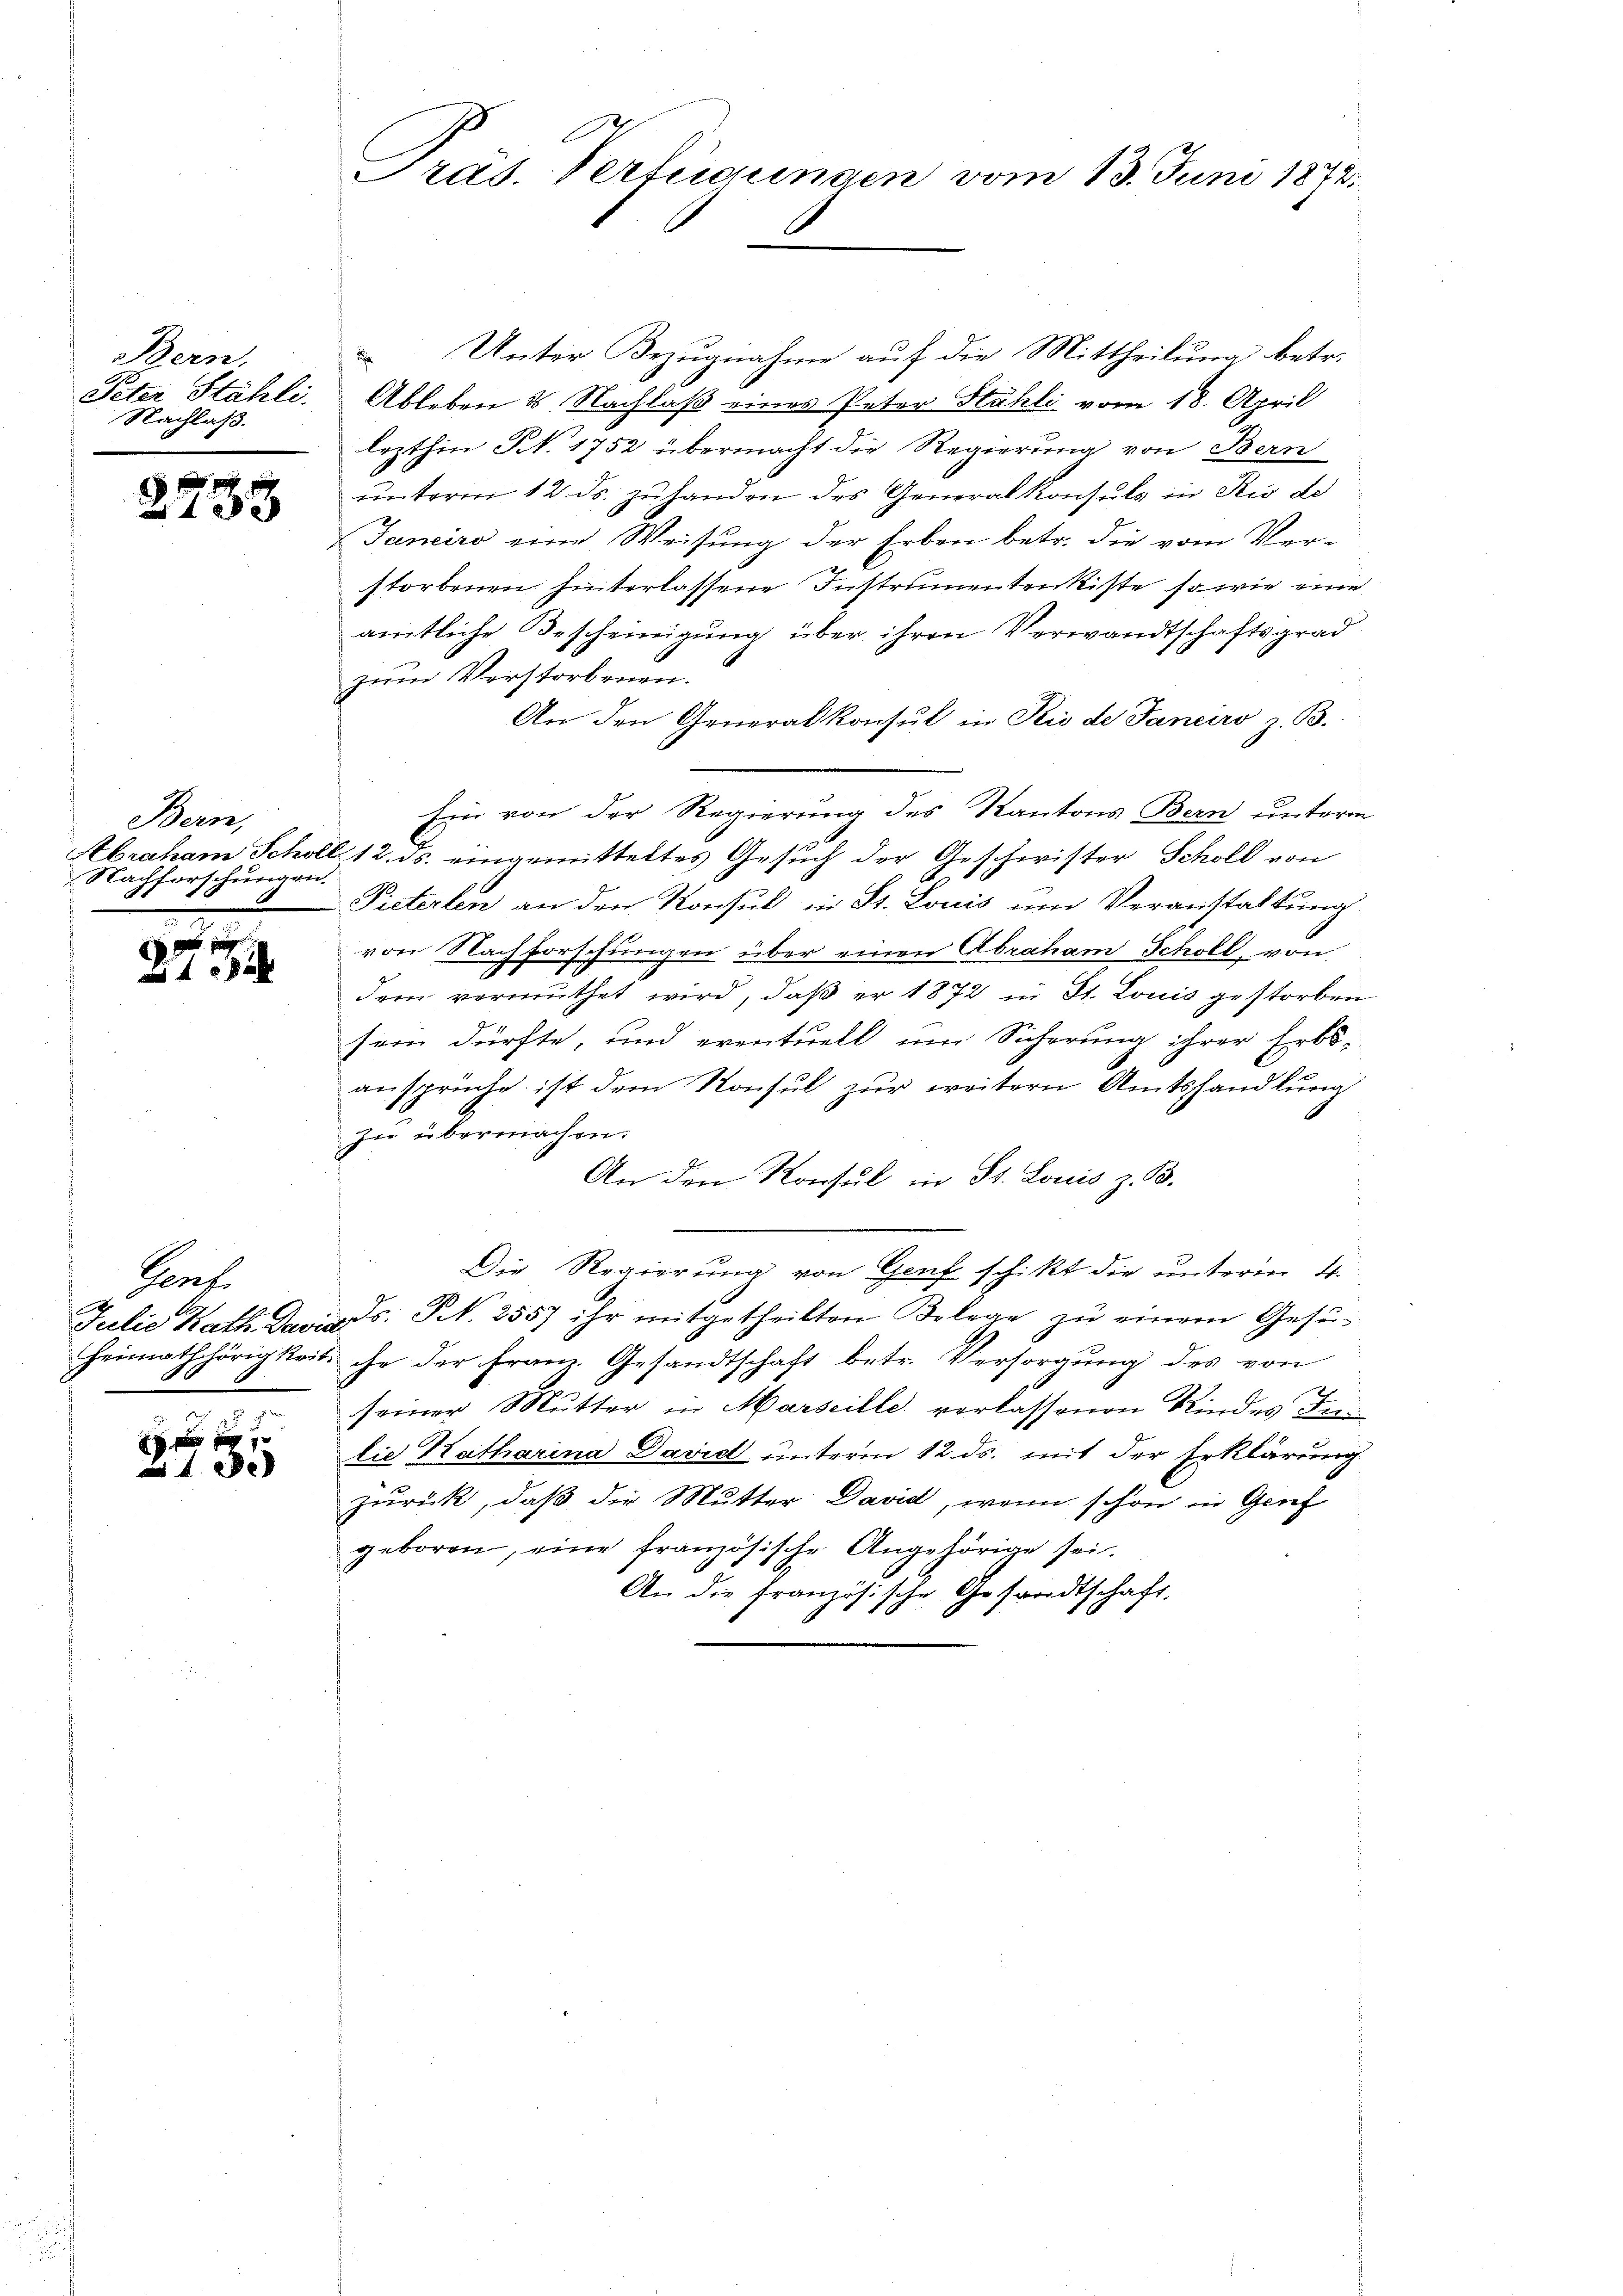
Bern,
Peter Stähli
Nachlaß.

2733

Bern,
Nachforschungen.
1

27

34

Peat.
Julie Kath. David

f xxx
xx

Pras. Verfügungen vom 13. Juni 1872.

Unter Bezugnahme auf die Mittheilung betr.
Ableben u. Nachlaß eines Peter Stähli vom 18. April
lezthin N. 1752 übermacht die Regierung von Bern
unterm 12. ds. zuhanden des Generalkonsuls in Rio de
Janeiro eine Weisung der Erben betr. die vom Verstorbenen hinterlassene Instrumentenkiste, so wie eine
amtliche Bescheinigung über ihren Verwandtschaftsgrad
zum Verstorbenen.
An den Generalkonsul in Rio de Janeiro z. B.
Ein von der Regierung des Kantons Bern unterm
Abraham Scholl 12. ds. eingemitteltes Gesuch der Geschwister Scholl von
A.
Pieterten an den Konsul in St. Louis um Veranstaltung
von Nachforschungen über einen Abraham Schöll, von
dem vermuthet wird, daß er 1872 in St. Louis gestorben
sern dürfte, und eventuell um Sicherung ihrer Erbs-
ansprüche ist dem Konsul zur weitern Amtshandlung
zu übermachen.
An den Konsul in St. Louis z. B.
Die Regierung von Genf schikt die unterm 4.
ds. N. 2557 ihr mitgetheilten Belege zŭ einem Gesu¬
Heimathörigkeit ihr der Franz. Gesandtschaft betr. Versorgŭng des von
J
seiner Mutter in Marseille, verlassenen Kindes Inlie Katharina David unterm 12 ds. mit der Erklärung
Zurück, daß die Mutter David, wenn schon in Genf
geboren, eine französische Angehörige sei.
An die französische Gesandtschaft.